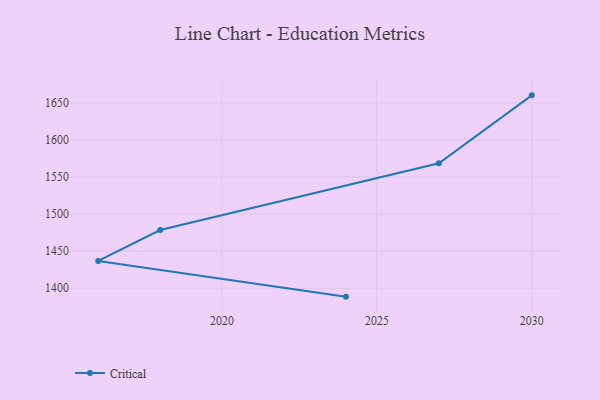
{"axis": {"x": "Year", "y": "Temperature (°C)"}, "legend": ["Critical"], "data": [{"x": "2030", "y": 1660.1, "type": "Critical"}, {"x": "2027", "y": 1568.6, "type": "Critical"}, {"x": "2018", "y": 1478.5, "type": "Critical"}, {"x": "2016", "y": 1436.8, "type": "Critical"}, {"x": "2024", "y": 1388.7, "type": "Critical"}]}